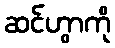
ဆင်ဟွာကို